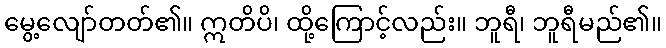
မွေ့လျော်တတ်၏။ ဣတိပိ၊ ထို့ကြောင့်လည်း။ ဘူရီ၊ ဘူရီမည်၏။